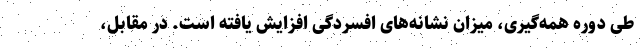
طی دوره‌ همه‌گیری، میزان نشانه‌های افسردگی افزایش یافته است. در مقابل،